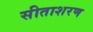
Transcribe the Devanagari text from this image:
सीताशरण